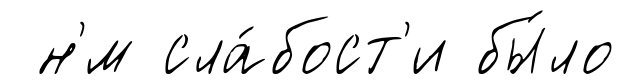
н'́м сла́бост'и бы́ло